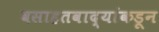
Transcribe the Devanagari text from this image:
वसाहतवाद्यांकडून